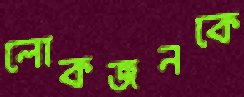
লোকজনকে